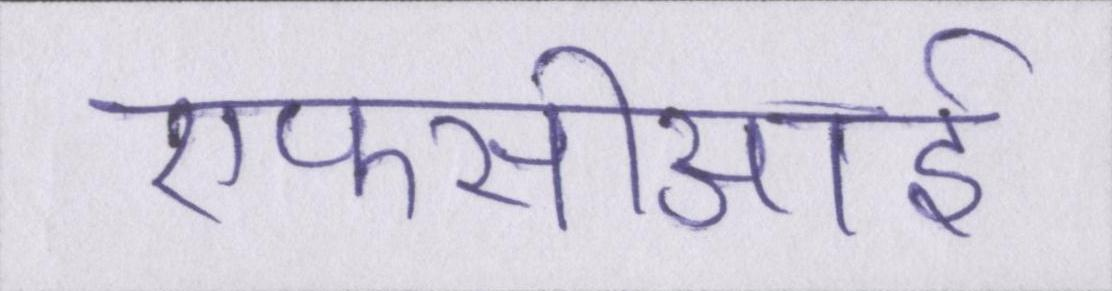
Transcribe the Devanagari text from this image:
एफसीआई